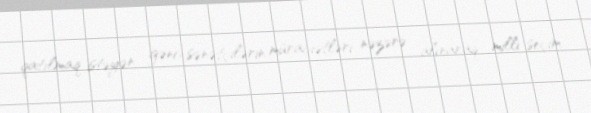
qatılmaq istəyən gənc sənətçilərin müraciətləri nəzərə alınaraq milli seçim